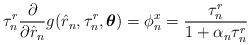
LaTeX: \begin{align*}\tau_n^r\frac{\partial}{\partial\hat{r}_n}g_{}(\hat{r}_n,\tau_n^r,\boldsymbol{\theta})=\phi_n^x=\frac{\tau_n^r}{1+\alpha_n\tau_n^r}\end{align*}